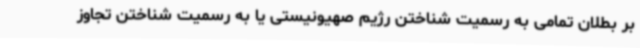
بر بطلان تمامی به رسمیت شناختن رژیم صهیونیستی یا به رسمیت شناختن تجاوز